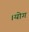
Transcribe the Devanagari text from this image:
।योग